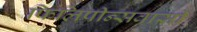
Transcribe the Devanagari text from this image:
फिलिपीन्सवासी